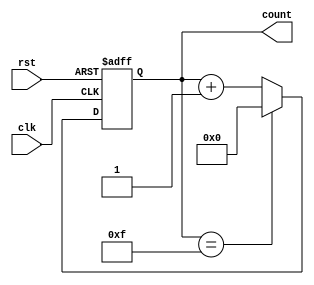
module up_counter_moore (
    input wire clk,          // Clock signal
    input wire rst,          // Asynchronous active-high reset
    output reg [3:0] count   // 4-bit output count
);

    // State transition process
    always @(posedge clk or posedge rst) begin
        if (rst) begin
            // Reset state to 0
            count <= 4'b0000;
        end else begin
            // Increment the count
            if (count == 4'b1111) begin
                // Wrap around to 0
                count <= 4'b0000;
            end else begin
                // Increment the current state
                count <= count + 1;
            end
        end
    end

endmodule